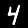
Digit: 4